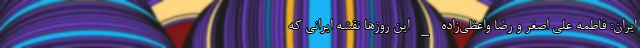
ایران: فاطمه علی اصغر و رضا واعظی‌زاده _ این روزها نقشه ایرانی که